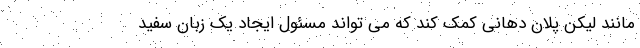
مانند لیکن پلان دهانی کمک کند که می تواند مسئول ایجاد یک زبان سفید